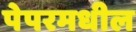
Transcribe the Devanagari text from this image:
पेपरमधील